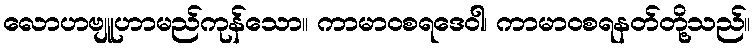
လောဟဗျူဟာမည်ကုန်သော။ ကာမာဝစရဒေဝါ၊ ကာမာဝစရနတ်တို့သည်။